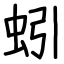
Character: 蚓